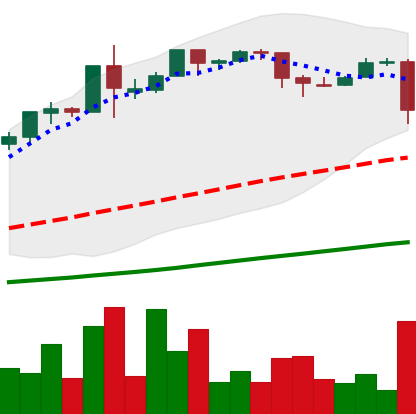
Ticker: BTC-USD
Chart end date: 2015-12-26
Forward return: 3.186%
Label: up_3_5